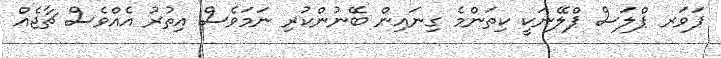
ޕަވަރ ޕްލަސް ޕްލޭނަކީ ކިތަންމެ ގިނައިން ބޭނުންކުރި ނަމަވެސް އިތުރު އެއްވެސް ޗާޖެއް